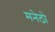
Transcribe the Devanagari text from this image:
मनेठो